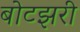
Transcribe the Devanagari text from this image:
बोटझरी